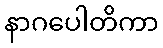
နာဂပေါတိကာ